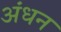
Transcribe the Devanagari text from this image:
अंधन